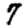
Digit: 7